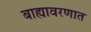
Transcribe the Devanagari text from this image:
बाह्यावरणात